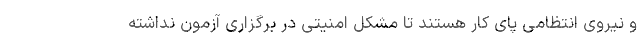
و نیروی انتظامی پای کار هستند تا مشکل امنیتی در برگزاری آزمون نداشته